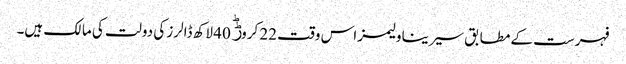
فہرست کے مطابق سیرینا ولیمز اس وقت 22 کروڑؕ 40 لاکھ ڈالرز کی دولت کی مالک ہیں۔